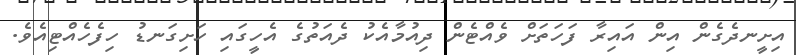
އިށީނދެގެން އިން އައިރާ ފަހަތަށް ވެއްޓެން ދިއުމާއެކު ދެއަތުގެ އެހީގައި ހަށިގަނޑު ހިފެހެއްޓިއެވެ.